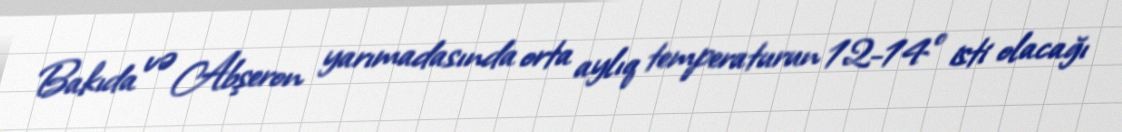
Bakıda və Abşeron yarımadasında orta aylıq temperaturun 12-14° isti olacağı